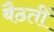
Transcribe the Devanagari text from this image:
बैठतीं